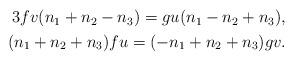
LaTeX: \begin{align*}\begin{aligned}3fv(n_1+n_2-n_3) = gu(n_1-n_2+n_3), \\(n_1+n_2+n_3)fu = (-n_1+n_2+n_3)gv.\end{aligned}\end{align*}